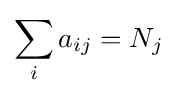
\sum _{i}a_{ij}=N_{j}